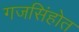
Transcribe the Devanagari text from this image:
गजसिंहोत